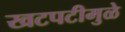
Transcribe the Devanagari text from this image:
खटपटीमुळे